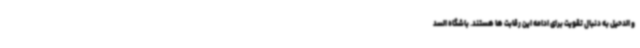
و الدحیل به دنبال تقویت برای ادامه این رقابت ها هستند. باشگاه السد